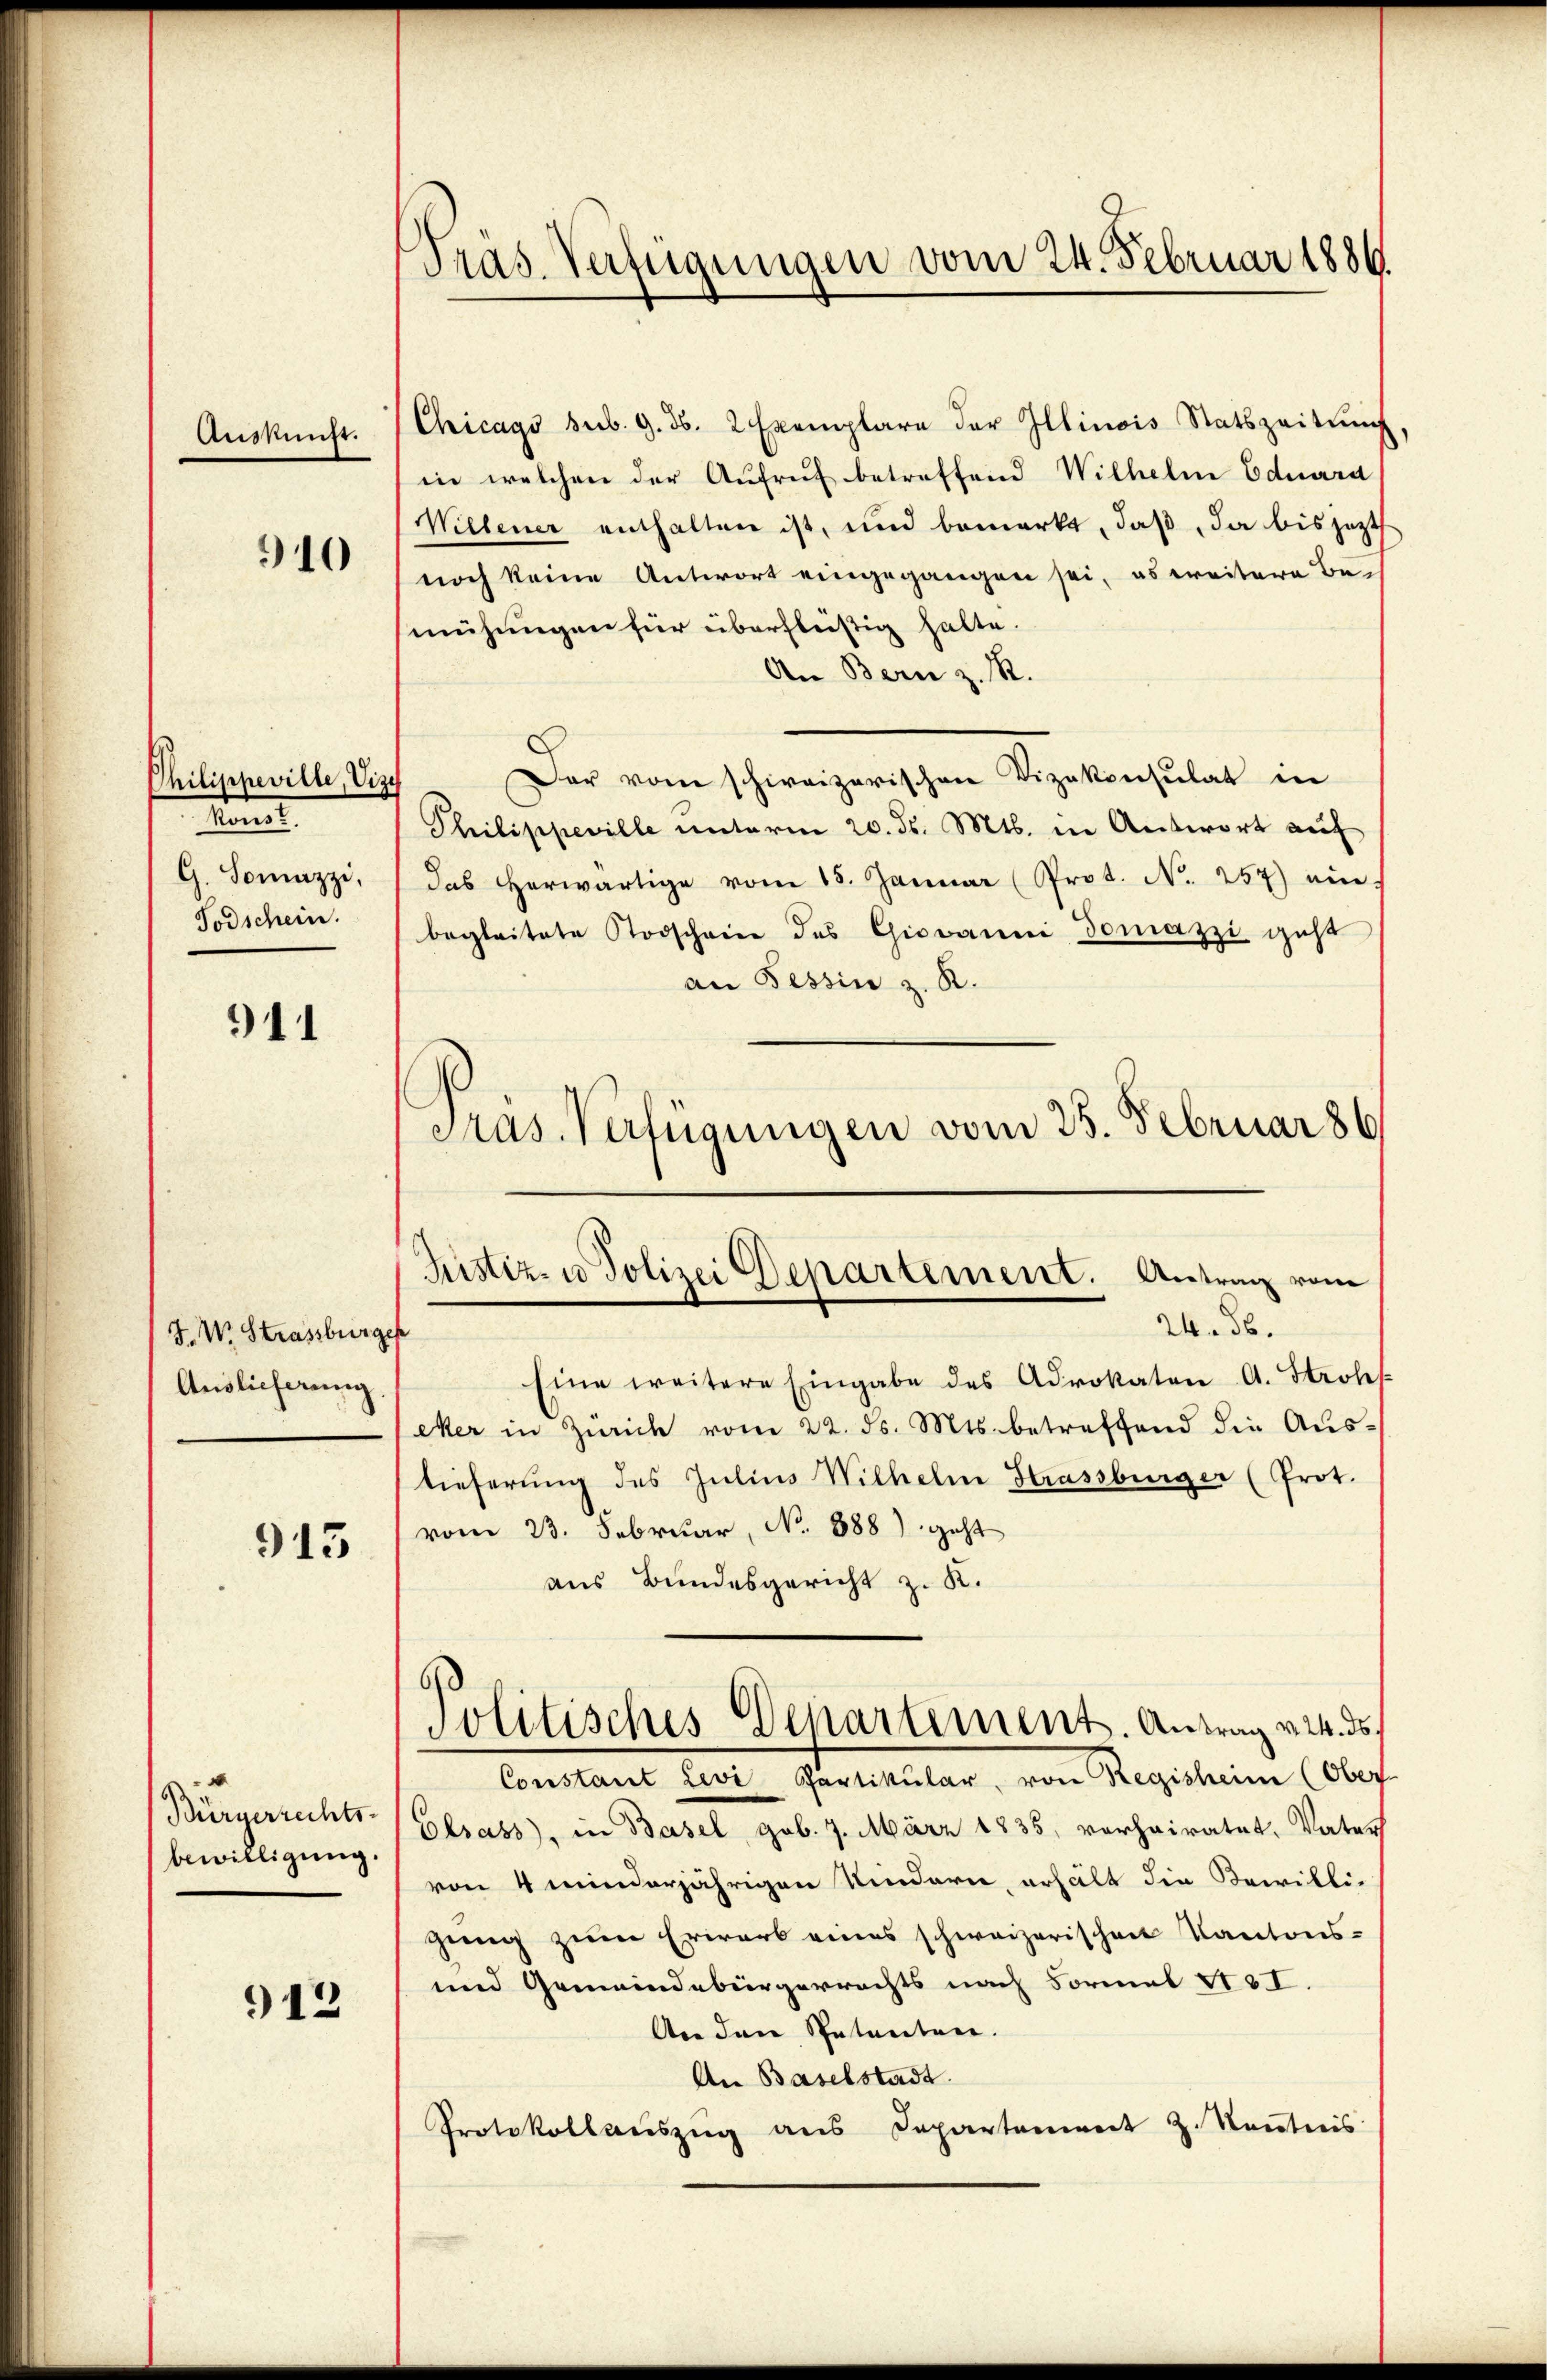
Auskunft.

941

940

Philippeville, Viz
kant.
G. Somazzi,
Todschein.

F. W. Strassburg
Auslieferung

913

913

Bürgerrechts-
bewilligung.

Präs. Verfügungen vom 24. Februar 1886

Chicago sub. 9. d. 2 Exemplare der Illinois Statszeitŭng
in welchen der Aufruf betreffend Wilhelm Eduard
WWillener enthalten ist, und bemerkt, daβ, da bis jetzt
noch keine Antwort eingegangen sei, es weitere Bemühungen für überflüßig halte.
An Bern z. R.
Der vom schweizerischen Vizekonsulat in
Philippeville unterm 20. ds. Mts. in Antwort auf
das herwärtige vom 15. Januar (Prot. No. 257) ein-
begleitete Todschein des Giovanni donazzi geht
an Tessin z. K.
Pras. Verfügungen vom 25. Februar 186

Ristiz- u Polizei Departement. Antrag vom
24. 56.
t

politisches Departement. Antrag v. 24. ds.

Eine weitere Eingabe des Advokaten A. Strohes
eker in Zürich vom 22. ds. Mts. betreffend die Aŭs-
tieferung des Julius Wilhelm Strassburger (Prot.
vom 23. Februar, No 888) geht
aus Bundesgericht z. K.
Constant Herr Prodellar, von Regel eine Ableg
Elsass, in Basel, gob. 7. März 1835, vorheiratet, Vater
von 4 minderjährigen Kindern, erhält die Bewilli-
gung zum Erwarb eines schweizerischen Kantons-
und Gemeindebürgerrechts nach Formel II.
An den Petenten.
An Baselstadt.
Protokollaŭszŭg ans Departenwert Z. Keṅtnis